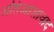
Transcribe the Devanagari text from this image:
अतिआशावाद